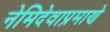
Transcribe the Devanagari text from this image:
नेमिदेवाप्रमाणे